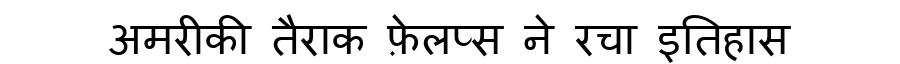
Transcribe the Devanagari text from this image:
अमरीकी तैराक फ़ेलप्स ने रचा इतिहास